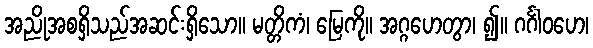
အညိုအစရှိသည်အဆင်းရှိသော။ မတ္တိကံ၊ မြေကို။ အဂ္ဂဟေတွာ၊ ၍။ ဂင်္ဂါဝဟေ၊